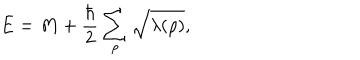
LaTeX: E = M + { \frac { \hbar } { 2 } } \sum _ { \rho } \sqrt { \lambda ( \rho ) } ,